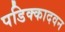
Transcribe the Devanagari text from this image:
पडिक्कादवन